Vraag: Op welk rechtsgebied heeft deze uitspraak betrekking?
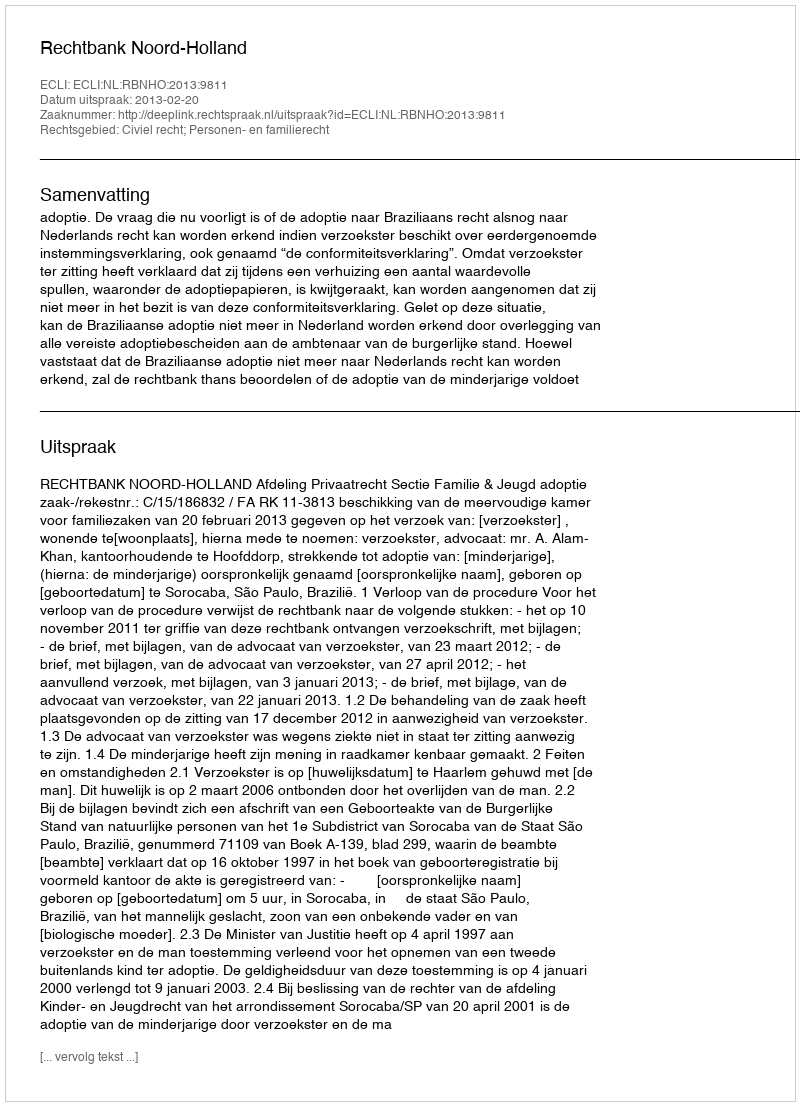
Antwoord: Civiel recht; Personen- en familierecht